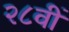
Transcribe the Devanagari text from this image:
२८वीं